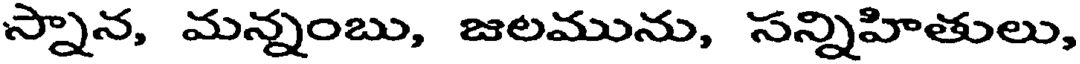
స్నాన, మన్నంబు, జలమును, సన్నిహితులు,